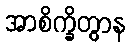
အာစိက္ခိတွာန